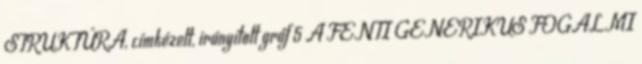
STRUKTÚRA, címkézett, irányított gráf 5 A FENTI GENERIKUS FOGALMI